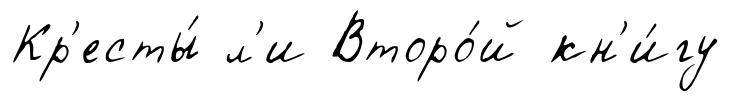
Кр'есты́ л'и Второ́й кн'и́гу